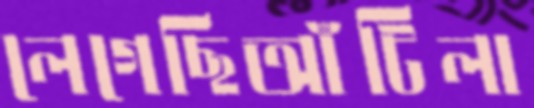
লেগেছিআঁটিলা